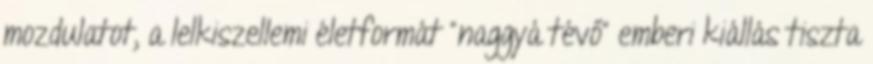
mozdulatot, a lelkiszellemi életformát "naggyá tévő" emberi kiállás tiszta